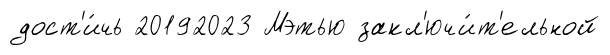
дост'и́чь 20192023 Мэтью закл'ючи́т'ельной